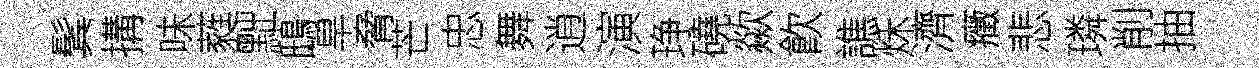
鬂搆味蕤黜鴟旱脅芒忠舞逍演琤磽歘飮譙秌濟癥悲璘削抽